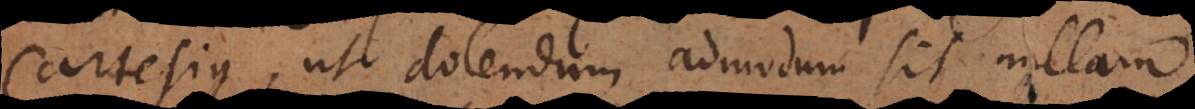
Cartesius, ut dolendum admodum sit nullam